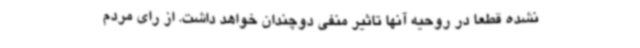
نشده قطعا در روحیه آنها تاثیر منفی دوچندان خواهد داشت. از رای مردم